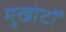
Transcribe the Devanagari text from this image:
मुखोटों